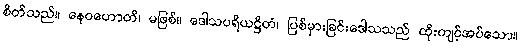
စိတ်သည်။ နေဝဟောတိ၊ မဖြစ်။ ဒေါသပရိယဋ္ဌိတံ၊ ပြစ်မှားခြင်းဒေါသသည် ထိုးကျင့်အပ်သော။